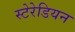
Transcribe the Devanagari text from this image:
स्टेरेडियन